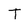
Character: T